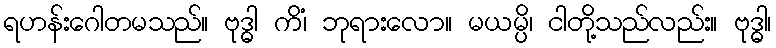
ရဟန်းဂေါတမသည်။ ဗုဒ္ဓါ ကိံ၊ ဘုရားလော။ မယမ္ပိ၊ ငါတို့သည်လည်း။ ဗုဒ္ဓါ၊